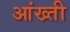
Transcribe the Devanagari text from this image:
आंख्ती